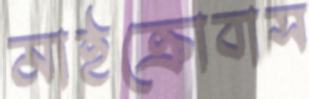
মাইক্রোবাস